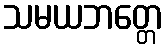
သမယဘတ္တေ